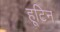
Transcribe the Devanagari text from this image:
हूटिन